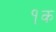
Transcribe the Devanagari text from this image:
१क